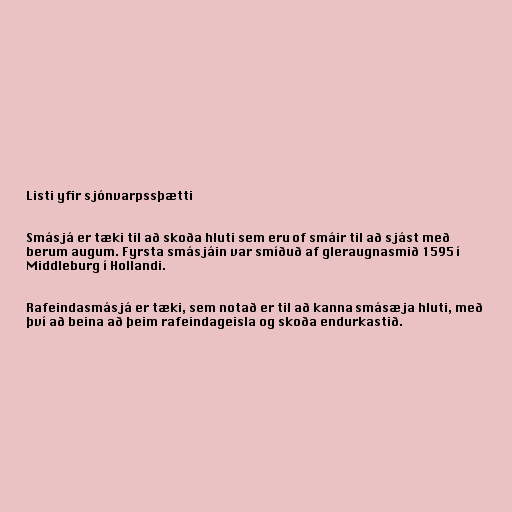
Listi yfir sjónvarpssþætti

Smásjá er tæki til að skoða hluti sem eru of smáir til að sjást með
berum augum. Fyrsta smásjáin var smíðuð af gleraugnasmið 1595 í
Middleburg í Hollandi.

Rafeindasmásjá er tæki, sem notað er til að kanna smásæja hluti, með
því að beina að þeim rafeindageisla og skoða endurkastið.